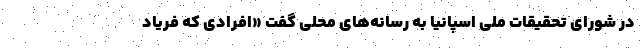
در شورای تحقیقات ملی اسپانیا به رسانه‌های محلی گفت «افرادی که فریاد